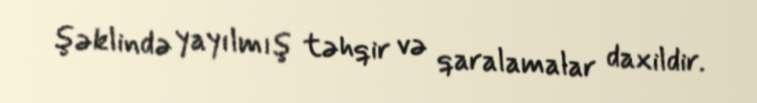
şəklində yayılmış təhqir və qaralamalar daxildir.